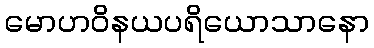
မောဟဝိနယပရိယောသာနော